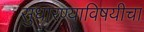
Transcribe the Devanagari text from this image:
सुधारण्याविषयीचा